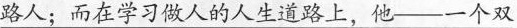
路人；而在学习做人的人生道路上，他-一个双